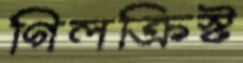
গিলক্রিস্ট